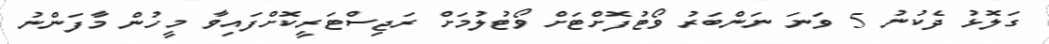
ގަލޮޅު ދެކުނު 5 ވަނަ ނަންބަރު ވޯޓުފޮށްޓަށް ވޯޓުލުމަށް ރަޖިސްޓަރީކޮށްފައިވާ މީހުން މާފަންނު